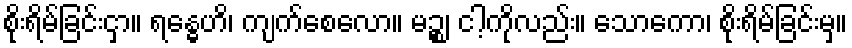
စိုးရိမ်ခြင်းငှာ။ ရန္ဓေဟိ၊ ကျက်စေလော။ မဉ္စ၊ ငါ့ကိုလည်း။ သောကော၊ စိုးရိမ်ခြင်းမှ။